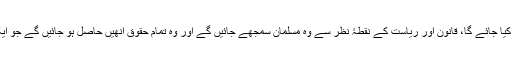
مطلب یہ ہے کہ اِن شرائط کے پورا ہو جانے کے بعد اُن سے مزید کوئی مطالبہ نہیں کیا جائے گا، قانون اور ریاست کے نقطۂ نظر سے وہ مسلمان سمجھے جائیں گے اور وہ تمام حقوق اُنھیں حاصل ہو جائیں گے جو ایک مسلمان کی حیثیت سے مسلمانوں کے نظم اجتماعی میں اُن کو حاصل ہونے چاہییں۔